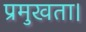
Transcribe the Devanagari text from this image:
प्रमुखता।